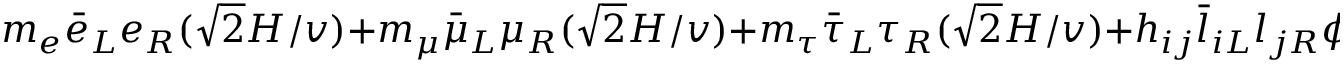
m _ { e } \bar { e } _ { L } e _ { R } ( \sqrt { 2 } H / v ) + m _ { \mu } \bar { \mu } _ { L } \mu _ { R } ( \sqrt { 2 } H / v ) + m _ { \tau } \bar { \tau } _ { L } \tau _ { R } ( \sqrt { 2 } H / v ) + h _ { i j } \bar { l } _ { i L } l _ { j R } \phi + \mathrm { H . c . }